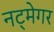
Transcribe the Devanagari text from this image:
नट्मेगर